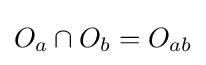
O_{a}\cap O_{b}=O_{ab}